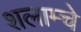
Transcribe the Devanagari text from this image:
शलाम्चे